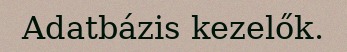
Adatbázis kezelők.